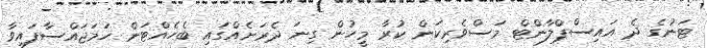
ޓަނުގެ ދެ އައިސްޕްލާންޓް މަސްވެރިކަން ކުރާ މީހުން ގިނަ ދެރަށެއްގައި ބެހެއްޓަން ހަމަޖައްސާފައިވާ